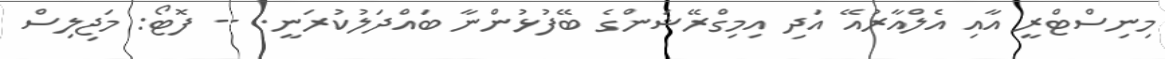
މިނިސްޓްރީ އާއި އެލްއާރުއޭ އަދި އިމިގްރޭޝަންގެ ބޭފުޅުންނާ ބައްދަލުކުރަނީ. -- ފޮޓޯ: މަޖިލިސް